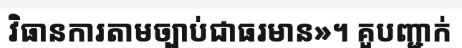
វិធានការតាមច្បាប់ជាធរមាន»។ គួបញ្ជាក់